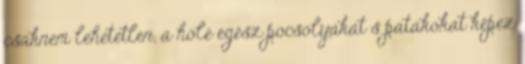
csaknem lehetetlen, a hólé egész pocsolyákat s patakokat képez